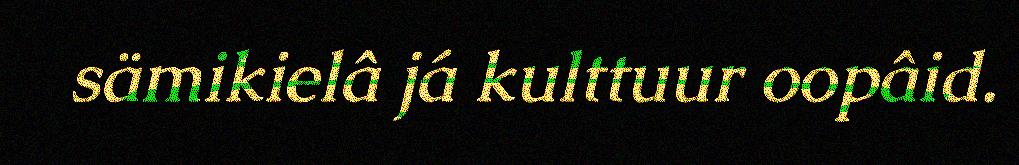
sämikielâ já kulttuur oopâid.